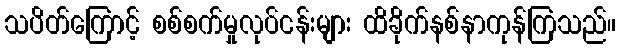
သပိတ်ကြောင့် စစ်စက်မှုလုပ်ငန်းများ ထိခိုက်နစ်နာကုန်ကြသည်။